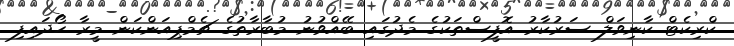
ކްރިކެޓް ކާނިވަލް ސަރުކާރު އޮފީސްތަކުގެ މެދުގައި ބޭއްވުނު މުބާރާތުގެ ޗެމްޕިއަންކަން މީރާ ހޯދައިފި